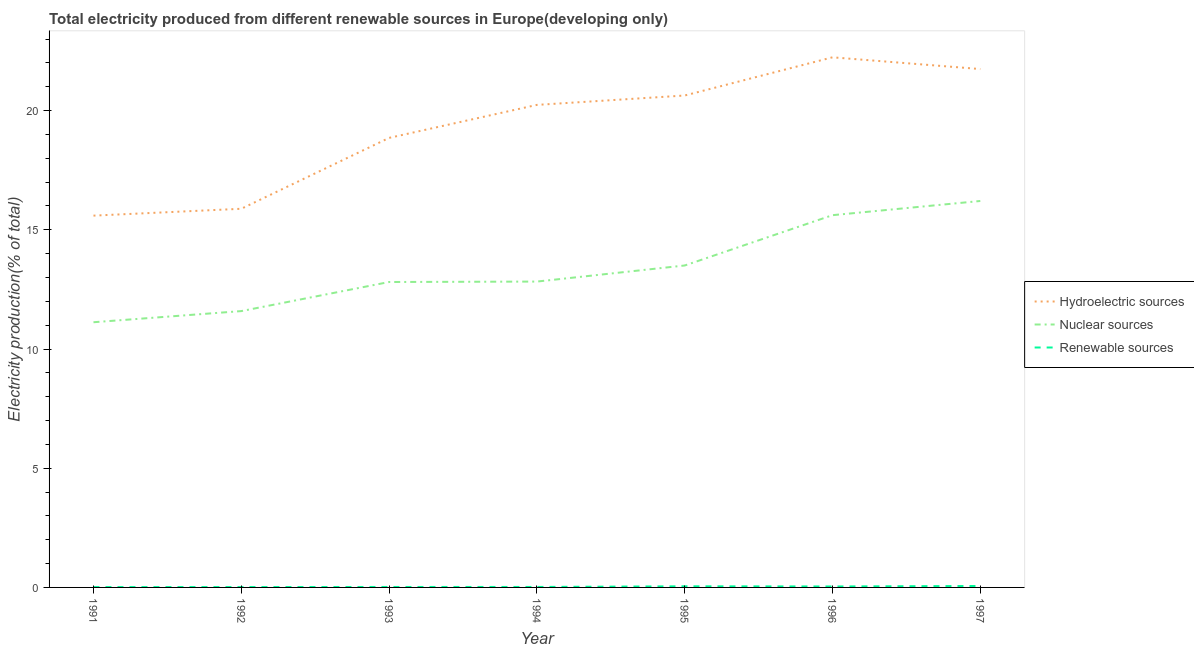
| Year | Hydroelectric sources | Nuclear sources | Renewable sources |
 | --- | --- | --- | --- |
 | 1991 | 15.6 | 11.1 | 0.015 |
 | 1992 | 15.9 | 11.6 | 0.0162 |
 | 1993 | 18.9 | 12.8 | 0.0194 |
 | 1994 | 20.2 | 12.8 | 0.0198 |
 | 1995 | 20.6 | 13.5 | 0.0472 |
 | 1996 | 22.2 | 15.6 | 0.0401 |
 | 1997 | 21.7 | 16.2 | 0.0604 |